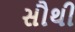
સૌથી